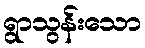
ရွာသွန်းသော